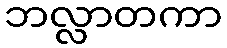
ဘလ္လာတကာ